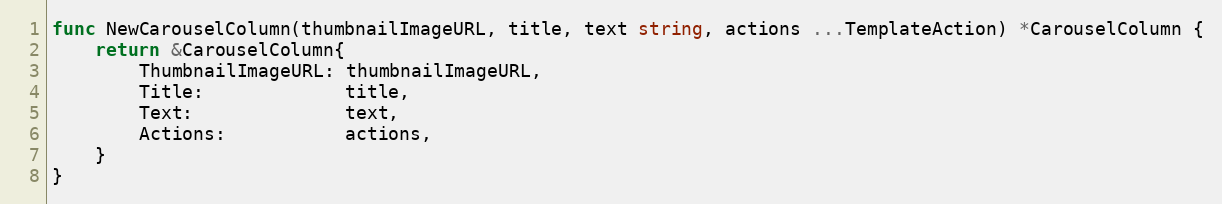
Language: Go
func NewCarouselColumn(thumbnailImageURL, title, text string, actions ...TemplateAction) *CarouselColumn {
	return &CarouselColumn{
		ThumbnailImageURL: thumbnailImageURL,
		Title:             title,
		Text:              text,
		Actions:           actions,
	}
}